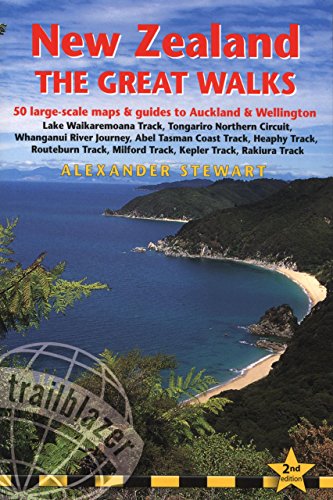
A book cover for New Zealand - The Great Walks: Includes Auckland & Wellington City Guides (Trailblazer the Great Walks); Alexander Der Stewart; Travel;